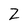
Character: Z